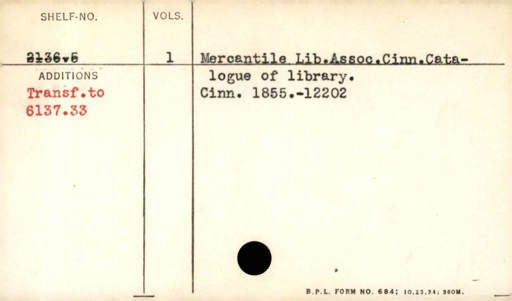
Label: content